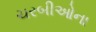
ચરબીઓના